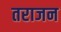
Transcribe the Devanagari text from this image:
तराजन